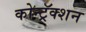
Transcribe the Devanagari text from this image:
कोन्ट्रॅक्शन